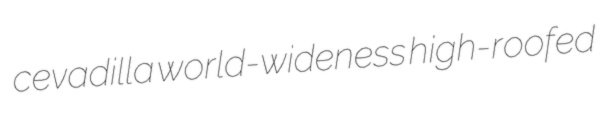
cevadilla world-wideness high-roofed